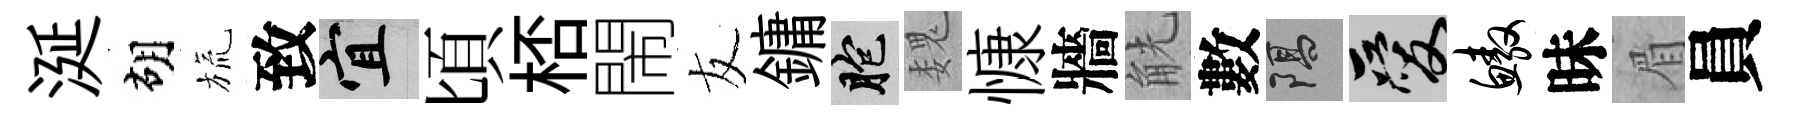
涎胡旒致宜頃桮閙友鏞胞魏慷牆觥數隔爱鳌昧眉員